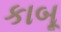
કાબૂ